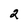
Character: 2